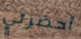
أحضرتي